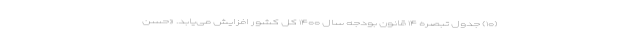
(۱۰) جدول تبصره ۱۴ قانون بودجه سال ۱۴۰۰ کل کشور افزایش می‌یابد. «حسن